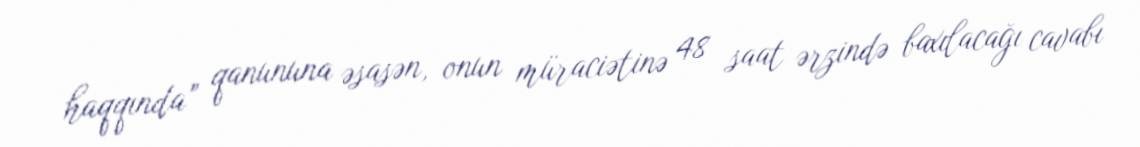
haqqında” qanununa əsasən, onun müraciətinə 48 saat ərzində baxılacağı cavabı